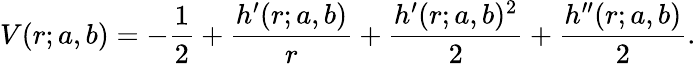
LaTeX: V(r;a,b)=-\frac{1}{2}+\frac{h^{\prime}(r;a,b)}{r}+\frac{h^{\prime}(r;a,b)^{2}}{2}+\frac{h^{\prime\prime}(r;a,b)}{2}.